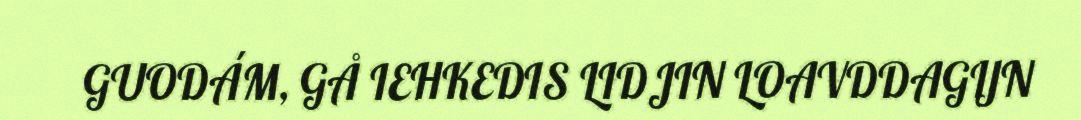
GUODÁM, GÅ IEHKEDIS LIDJIN LOAVDDAGIJN